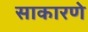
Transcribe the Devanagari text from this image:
साकारणे